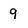
Character: 9